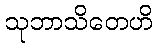
သုဘာသိတေဟိ